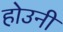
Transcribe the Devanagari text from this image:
होउनी